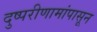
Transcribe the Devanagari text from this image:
दुष्परीणामांपासून